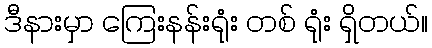
ဒီနားမှာ ကြေးနန်းရုံး တစ် ရုံး ရှိတယ်။